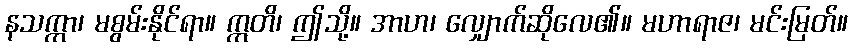
နသက္ကာ၊ မစွမ်းနိုင်ရာ။ ဣတိ၊ ဤသို့။ အာဟ၊ လျှောက်ဆိုလေ၏။ မဟာရာဇ၊ မင်းမြတ်။